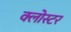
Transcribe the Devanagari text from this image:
क्लोस्टर